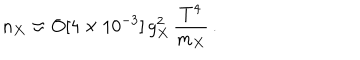
LaTeX: n _ { X } \approx O [ 4 \times 1 0 ^ { - 3 } ] \, g _ { X } ^ { 2 } \, \frac { T ^ { 4 } } { m _ { X } } \, .